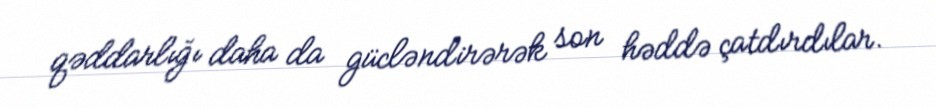
qəddarlığı daha da gücləndirərək son həddə çatdırdılar.